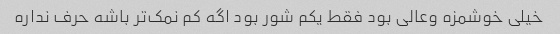
خیلی خوشمزه وعالی بود فقط یکم شور بود اگه کم نمک‌تر باشه حرف نداره